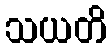
သယတိ